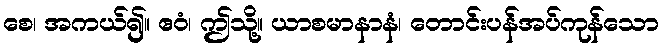
စေ၊ အကယ်၍။ ဧဝံ၊ ဤသို့။ ယာစမာနာနံ၊ တောင်းပန်အပ်ကုန်သော